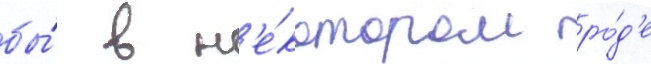
бы́ в н'е́котором ро́д'е